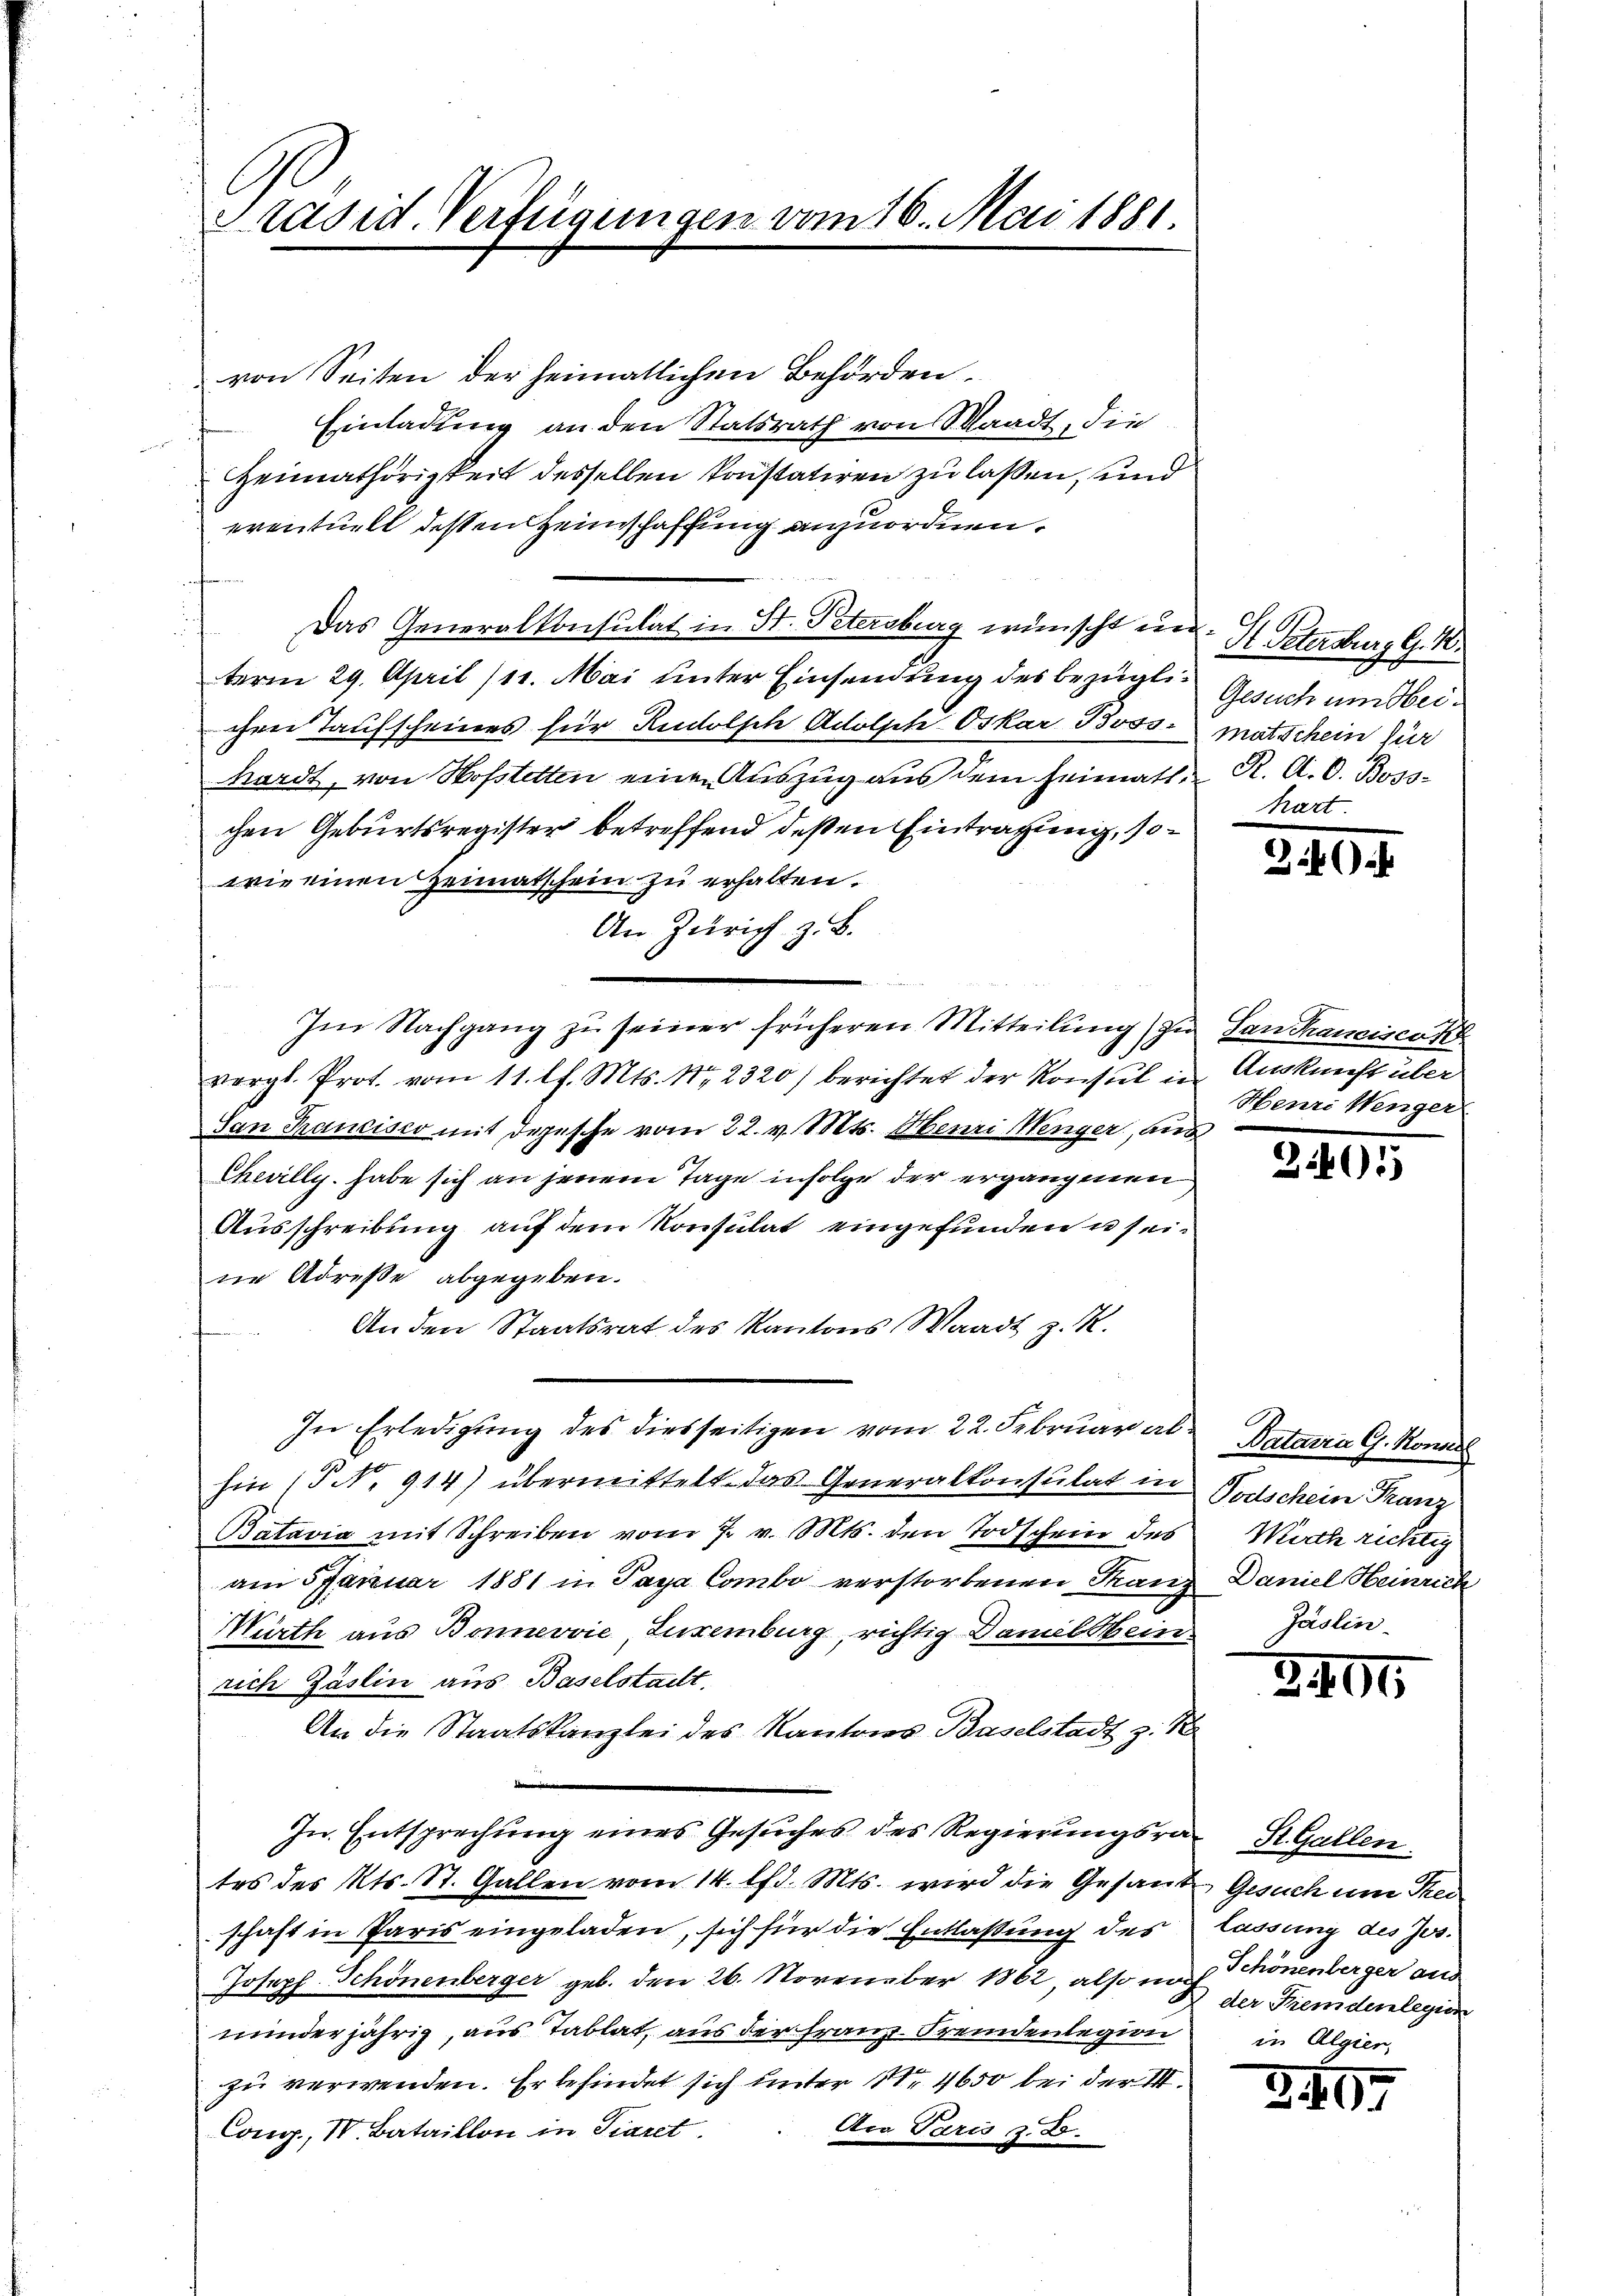
Präsid. Verfügungen vom 16. Mai 1881.

von Seiten der heimatlichen Behörden.
Einladung an den Statsrath von Waadt, die
Heimathörigkeit desselben konstatiren zu laßen, und
eventuell dessen Heimschaffung anzuordnen.
t
Das Generalkonsulat in St. Petersburg wünscht und
term 29. April 111. Mai unter Einsendung des bezüglichen Taufscheines für Rudolsche Adolph Oskar Boss matschein für
kardt, von Hofstetten einen Auszug aus dem Heimatl. R. A. G. Boss-
chen Geburtsregister betreffend deßen Eintragung, sowie einen Heimatschein zu erhalten.
An Zürich z. B.
Im Nachgang zu seiner früheren Mitteilung) zu Santhrancisco t
vergl. Prot. vom 11. l. Mts. Nr. 2320) berichtet der Konsul in Auskunft über
San Francisco mit Depesche vom 22. v. Mts. Henri Menger, aus
Chevilly. habe sich an jenem Tage infolge der ergangenen
Ausschreibung auf dem Konsulat eingefunden u seine Adrese abgegeben.
An den Staatsrat des Kantons Waadt z. R.
In Erledigung des diesseitigen vom 22. Februar ab
hin (P No 914) übermittelt das Generalkonsulat in Todschein Franz
Batavia mit Schreiben vom 7. v. Mts. den Todschein des
am 5 Januar 1881 in Para Combo verstorbenen Franz
Wirth aus Bonnervie, Luxenburg, richtig Damel Hein
rich Zäslin aus Baselstallt.
An die Staatskanzlei des Kantons Baselstadt z. B
In Entsprechung eines Gesuches des Regierungsrat St. Gallen.
tes des Kts. St. Gallen vom 14. lfd. Mts. wird die Gesand Gesuch um Thei
schaft in Paris eingeladen, sich für die Entlaßung des lassung des Jos.
Joseph Schönenberger geb. den 26. November 1862, also nach Tönenberger aus
minderjährig, aus Tablat, aus der Franz Fremdenlegion
zu verwenden. Er befindet sich unter 111 4650 bei der III.
Ama Paris, z. B.
Cong., IV. Bataillon in Piaret.

St. Petersburg G. 16.
Gesuch um beihart.

340

Henri Wenger

3401

Pataria G. Konas
Wirth richtig
Daniel Heinrich
Jäslin

2400

der Fremdenlegion
in Algier,

340.